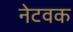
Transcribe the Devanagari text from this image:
नेटवक